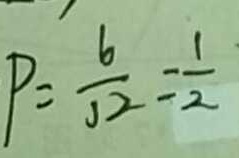
P = \frac { 6 } { 1 2 } = \frac { 1 } { 2 }